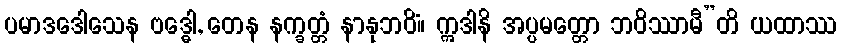
ပမာဒဒေါသေန ဗဒ္ဓေါ, တေန နက္ခတ္တံ နာနုဘဝိံ။ ဣဒါနိ အပ္ပမတ္တော ဘဝိဿာမီ”တိ ယထာဿ